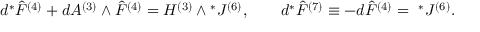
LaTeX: d { } ^ { * } { \hat { F } } ^ { ( 4 ) } + d A ^ { ( 3 ) } \wedge { \hat { F } } ^ { ( 4 ) } = H ^ { ( 3 ) } \wedge { } ^ { * } J ^ { ( 6 ) } , \qquad d { } ^ { * } { \hat { F } } ^ { ( 7 ) } \equiv - d { \hat { F } } ^ { ( 4 ) } = { ~ } ^ { * } J ^ { ( 6 ) } .